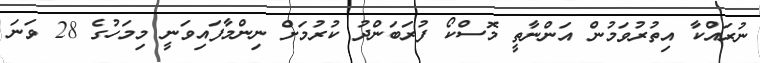
ނުރައްކާ އިތުރުވަމުން އަންނާތީ މޮސްކޯ ފުރަބަންދު ކުރުމަށް ނިންމާފައިވަނީ މިމަހުގެ 28 ވަނަ